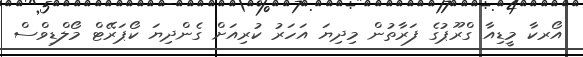
އޯރކާ މީޑިއާ ގްރޫޕުގެ ފަރާތުން މިދިޔަ އަހަރު ކުރިއަށް ގެންދިޔަ ކޯޕަރޭޓް މޯލްޑިވްސް